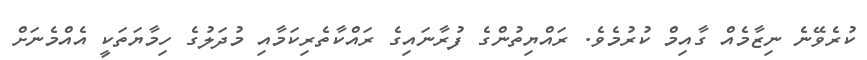
ކުރެވޭނެ ނިޒާމެއް ގާއިމް ކުރުމެވެ. ރައްޔިތުންގެ ފުރާނައިގެ ރައްކާތެރިކަމާއި މުދަލުގެ ހިމާޔަތަކީ އެއްމެނަށް